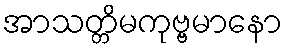
အာသတ္တိမကုဗ္ဗမာနော